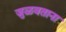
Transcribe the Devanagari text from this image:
जुळवताना